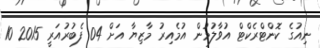
ނިއުގެ ކޮންޓްރެކްޓް އުވާލުމުން އުމެެއިރު މާޒިޔާ އަށް 04 ފެބުރުއަރީ 2015 10